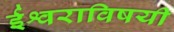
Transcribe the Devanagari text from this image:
ईश्वराविषयी